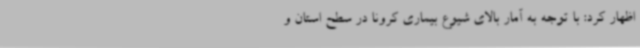
اظهار کرد: با توجه به آمار بالای شیوع بیماری کرونا در سطح استان و